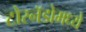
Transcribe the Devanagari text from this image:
टोरनॅडोमध्ये